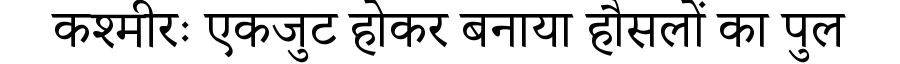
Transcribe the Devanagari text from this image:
कश्मीरः एकजुट होकर बनाया हौसलों का पुल